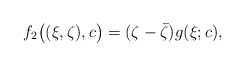
\begin{align*}f_2\big((\xi,\zeta),c\big) = (\zeta - \bar \zeta) g(\xi;c),\end{align*}